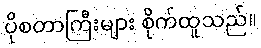
ပိုစတာကြီးများ စိုက်ထူသည်။